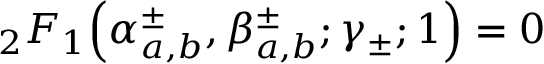
{ } _ { 2 } F _ { 1 } \! \left( \alpha _ { a , b } ^ { \pm } , \beta _ { a , b } ^ { \pm } ; \gamma _ { \pm } ; 1 \right) = 0